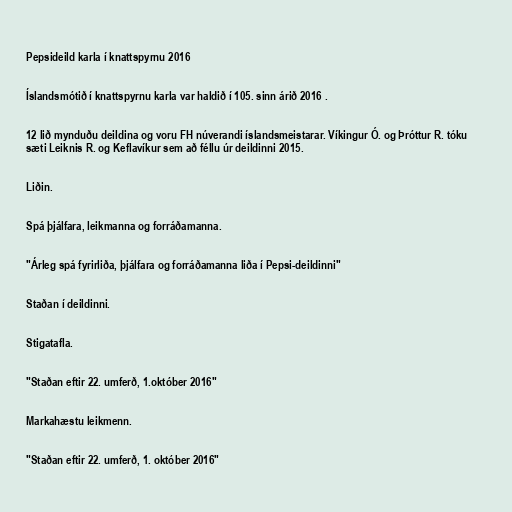
Pepsideild karla í knattspyrnu 2016

Íslandsmótið í knattspyrnu karla var haldið í 105. sinn árið 2016 .

12 lið mynduðu deildina og voru FH núverandi íslandsmeistarar. Víkingur Ó. og Þróttur R. tóku
sæti Leiknis R. og Keflavíkur sem að féllu úr deildinni 2015.

Liðin.

Spá þjálfara, leikmanna og forráðamanna.

"Árleg spá fyrirliða, þjálfara og forráðamanna liða í Pepsi-deildinni"

Staðan í deildinni.

Stigatafla.

"Staðan eftir 22. umferð, 1.október 2016"

Markahæstu leikmenn.

"Staðan eftir 22. umferð, 1. október 2016"